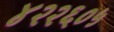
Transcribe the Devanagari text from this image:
४२२६०५